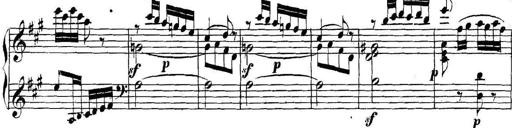
Title: Collected Piano Sonatas
Composer: Muzio Clementi